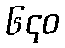
၆၄၀